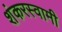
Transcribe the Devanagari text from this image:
शंकरस्वामी